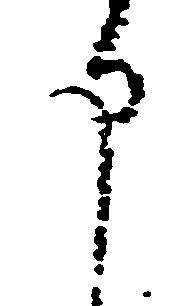
申